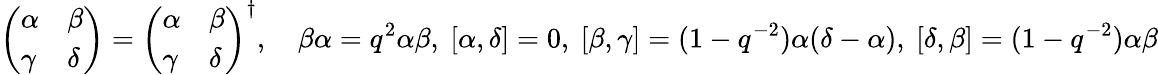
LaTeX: {\left(\begin{array}{ll}{\alpha}&{\beta}\\ {\gamma}&{\delta}\end{array}\right)}={\left(\begin{array}{ll}{\alpha}&{\beta}\\ {\gamma}&{\delta}\end{array}\right)}^{\dagger},\quad\beta\alpha=q^{2}\alpha\beta,\ [\alpha,\delta]=0,\ [\beta,\gamma]=(1-q^{-2})\alpha(\delta-\alpha),\ [\delta,\beta]=(1-q^{-2})\alpha\beta